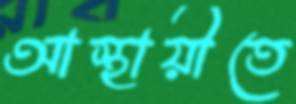
আস্থায়ীতে